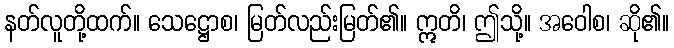
နတ်လူတို့ထက်။ သေဋ္ဌောစ၊ မြတ်လည်းမြတ်၏။ ဣတိ၊ ဤသို့။ အဝေါစ၊ ဆို၏။